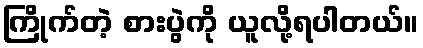
ကြိုက်တဲ့ စားပွဲကို ယူလို့ရပါတယ်။